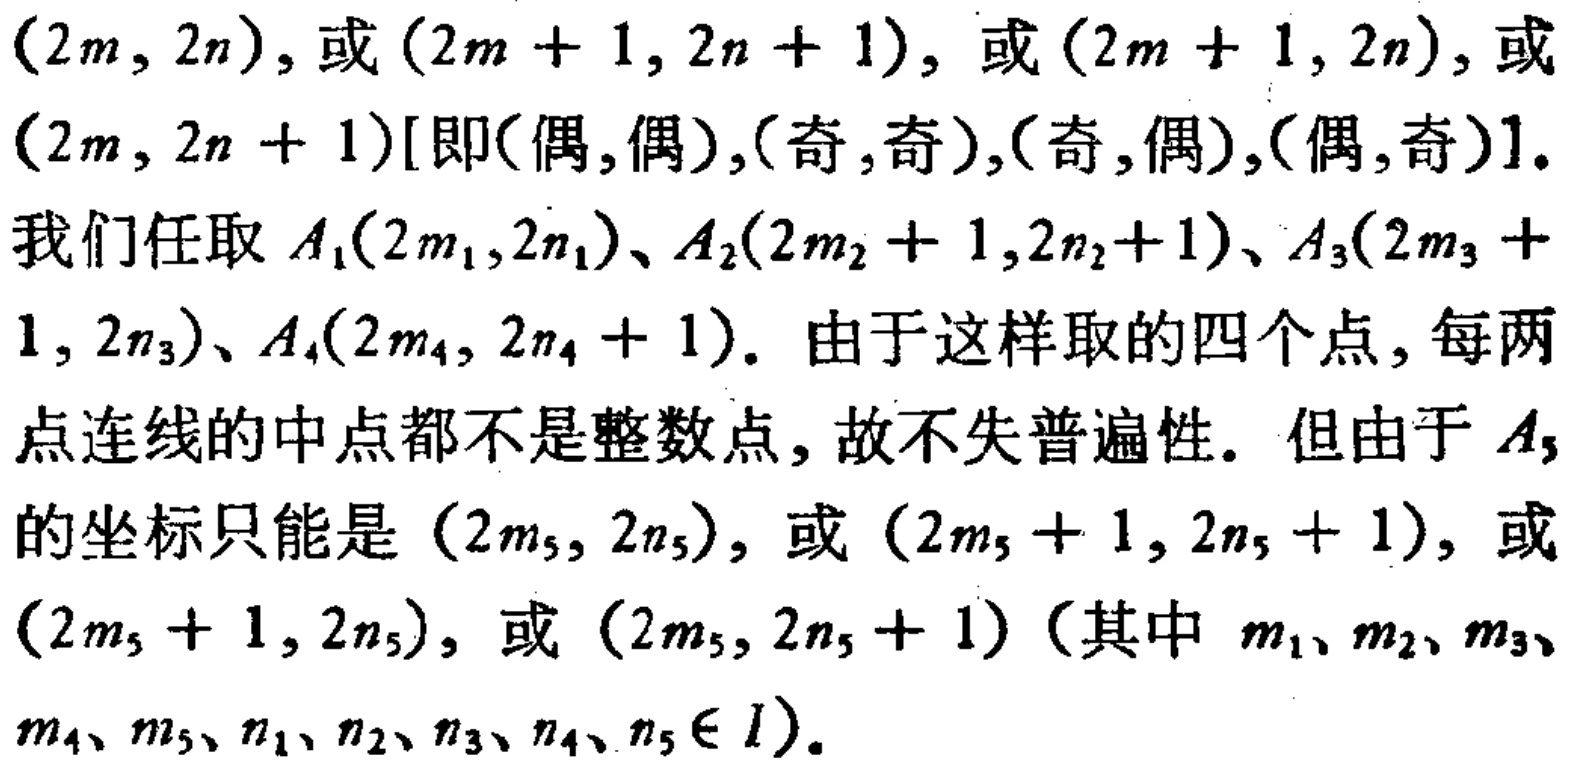
$(2m,2n)$, 或 $(2m + 1,2n + 1)$, 或 $(2m + 1,2n)$, 或
$(2m,2n + 1)$[即(偶,偶),(奇,奇),(奇,偶),(偶,奇)].
我们任取 $A_1(2m_1,2n_1)$、$A_2(2m_2 + 1,2n_2+1)$、$A_3(2m_3 +
1,2n_3)$、$A_4(2m_4,2n_4 + 1)$. 由于这样取的四个点, 每两
点连线的中点都不是整数点, 故不失普遍性. 但由于 $A_5$
的坐标只能是 $(2m_5,2n_5)$, 或 $(2m_5 + 1,2n_5 + 1)$, 或
$(2m_5 + 1,2n_5)$, 或 $(2m_5,2n_5 + 1)$（其中 $m_1、m_2、m_3、$
$m_4、m_5、n_1、n_2、n_3、n_4、n_5 \in I$).